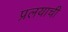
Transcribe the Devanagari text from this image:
प्रलयाची